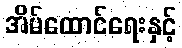
အိမ်ထောင်ရေးနှင့်